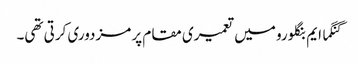
گنگما ایم بنگلورو میں تعمیری مقام پر مزدوری کرتی تھی۔